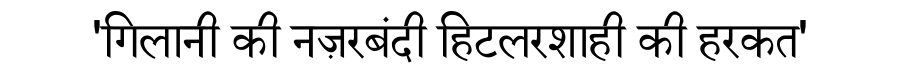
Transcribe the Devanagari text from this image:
'गिलानी की नज़रबंदी हिटलरशाही की हरकत'